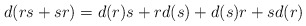
\begin{align*} d(rs+sr)=d(r)s+rd(s)+d(s)r+sd(r)\end{align*}